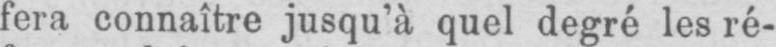
fera connaître jusqu’à quel degré les ré-